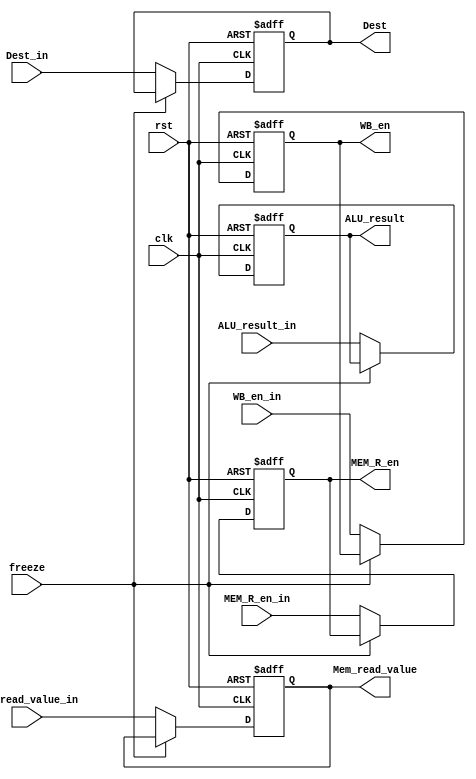
`timescale 1ns/1ns

module MemStageReg(rst, clk, freeze, WB_en_in, MEM_R_en_in, ALU_result_in, Mem_read_value_in, Dest_in, WB_en, MEM_R_en, ALU_result,
 Mem_read_value, Dest);
  input rst, clk, freeze, WB_en_in, MEM_R_en_in;
  input[31:0] ALU_result_in, Mem_read_value_in;
  input[3:0] Dest_in;
  output reg WB_en, MEM_R_en;
  output reg[31:0] ALU_result, Mem_read_value;
  output reg[3:0] Dest;
  
  always@(posedge clk, posedge rst) begin
    if(rst) begin
      {WB_en, MEM_R_en} <= 2'b0;
      {ALU_result, Mem_read_value} <= 64'b0;
      Dest <= 4'b0;
    end
    else if(freeze == 1'b0) begin
      WB_en <= WB_en_in;
      MEM_R_en <= MEM_R_en_in;
      ALU_result <= ALU_result_in;
      Mem_read_value <= Mem_read_value_in;
      Dest <= Dest_in;
    end
  end
endmodule